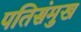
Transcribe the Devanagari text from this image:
पतिसंमुख